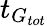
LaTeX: t_{G_{tot}}